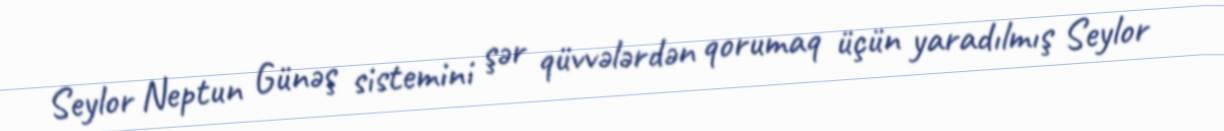
Seylor Neptun Günəş sistemini şər qüvvələrdən qorumaq üçün yaradılmış Seylor